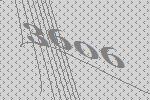
3606